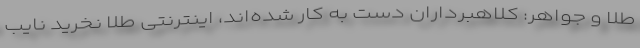
طلا و جواهر: کلاهبرداران دست به کار شده‌اند، اینترنتی طلا نخرید نایب